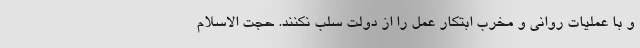
و با عملیات روانی و مخرب ابتکار عمل را از دولت سلب نکنند. حجت الاسلام